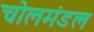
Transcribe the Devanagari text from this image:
चोलमंडल